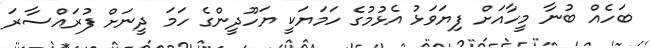
ބަހެއް ބުނާ މީހާއަށް ފިޔަވަޅު އެޅުމުގެ ހަމަޔަކީ ޔަހޫދީންގެ ހަމަ ދީނަށް ފުރައްސާރަ